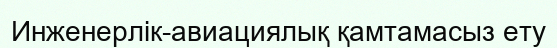
Инженерлік-авиациялық қамтамасыз ету